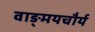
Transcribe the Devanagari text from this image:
वाङ्‌मयचौर्य